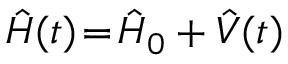
\hat { H } ( t ) \! = \! \hat { H } _ { 0 } + \hat { V } ( t )